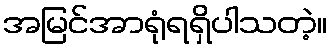
အမြင်အာရုံရရှိပါသတဲ့။